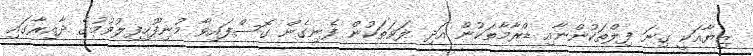
ޒިޔާއަކީ ގިނަ ފިލްތަކުންނާއި ޑްރާމާތަކުން އަދި ލަވަތަކުން ފެނިގެން ގޮސްފައިވާ މުނިފޫހިފިލުވުމުގެ ދާއިރާގައި